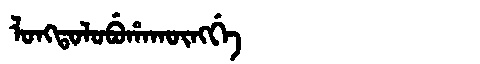
Manchu: ᠯᠣᠩᡨᠣᠯᠣᠪᡠᡥᠠᡴᡡᠩᡤᡝ
Romanization: LONGTOLOBUHAKŪNGGE